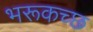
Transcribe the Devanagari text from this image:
भरूकच्छ